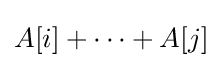
A[i]+\cdots +A[j]